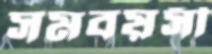
সমবয়সী